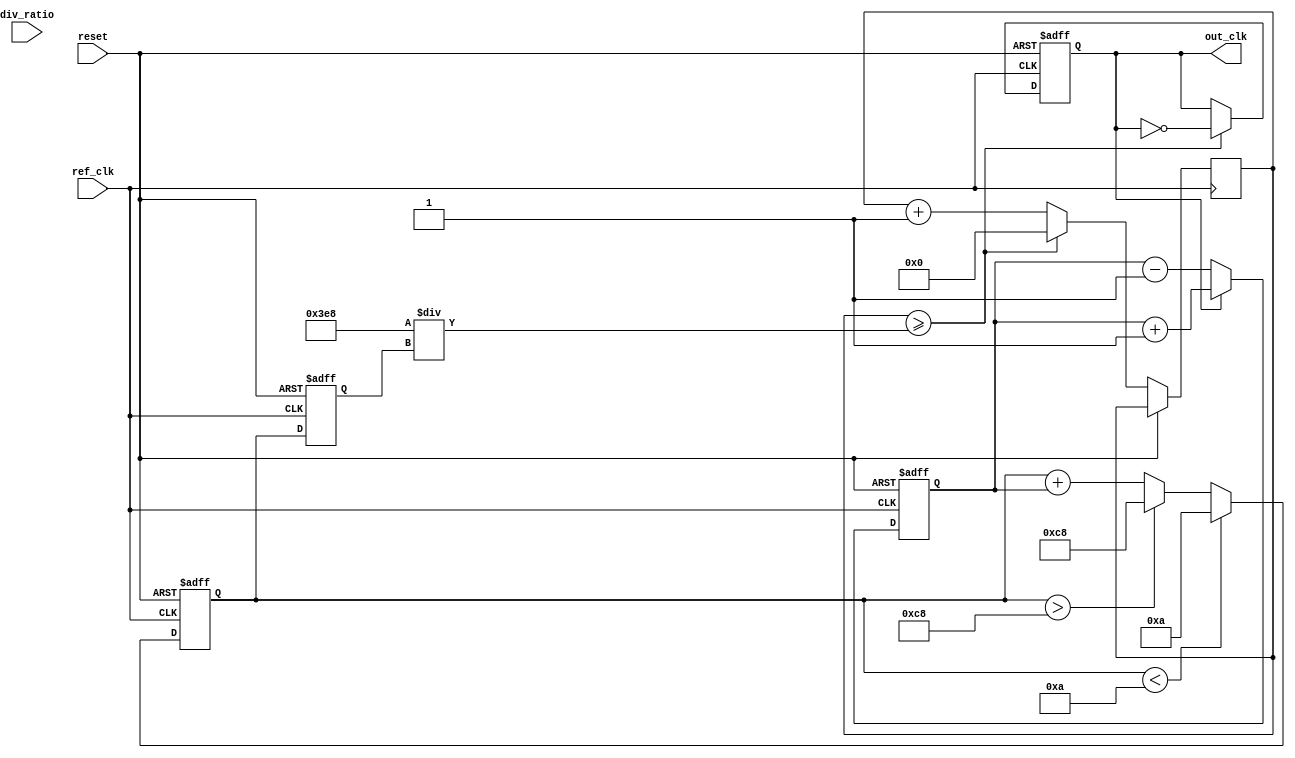
module PLL (
    input wire ref_clk,          // Input reference clock
    input wire reset,            // Asynchronous reset
    input wire [3:0] div_ratio,  // Programmable division ratio
    output reg out_clk           // Output clock
);

// Parameters
parameter VCO_MAX_FREQ = 200;  // Maximum VCO frequency (in MHz)
parameter VCO_MIN_FREQ = 10;    // Minimum VCO frequency (in MHz)
parameter LOCK_TIME = 100;       // Lock time (in ns)

// Internal signals
reg [31:0] phase_error;          // Phase error signal
reg [31:0] control_voltage;       // Control voltage for VCO
reg [31:0] vco_freq;              // Current VCO frequency
reg [31:0] feedback_clk_count;    // Feedback clock counter
reg lock;                         // Lock status

// Phase Detector
always @(posedge ref_clk or posedge reset) begin
    if (reset) begin
        phase_error <= 0;
    end else begin
        // Simple phase detector logic (leading/lagging detection)
        if (out_clk) begin
            phase_error <= phase_error + 1; // Adjust phase error
        end else begin
            phase_error <= phase_error - 1;
        end
    end
end

// Loop Filter (Simple integrator for control voltage)
always @(posedge ref_clk or posedge reset) begin
    if (reset) begin
        control_voltage <= 0;
    end else begin
        control_voltage <= control_voltage + phase_error; // Integrate phase error
        // Clamp control voltage to VCO frequency range
        if (control_voltage > VCO_MAX_FREQ) control_voltage <= VCO_MAX_FREQ;
        if (control_voltage < VCO_MIN_FREQ) control_voltage <= VCO_MIN_FREQ;
    end
end

// Voltage-Controlled Oscillator (VCO)
always @(posedge ref_clk or posedge reset) begin
    if (reset) begin
        vco_freq <= VCO_MIN_FREQ; // Start at minimum frequency
        out_clk <= 0;
    end else begin
        // Adjust VCO frequency based on control voltage
        vco_freq <= control_voltage;
        // Generate output clock based on VCO frequency
        if (feedback_clk_count >= (1000 / vco_freq)) begin // Adjust based on frequency
            out_clk <= ~out_clk; // Toggle output clock
            feedback_clk_count <= 0;
        end else begin
            feedback_clk_count <= feedback_clk_count + 1;
        end
    end
end

// Divider (Feedback clock divider)
reg [3:0] clk_div_counter;
always @(posedge out_clk or posedge reset) begin
    if (reset) begin
        clk_div_counter <= 0;
    end else begin
        if (clk_div_counter >= (div_ratio - 1)) begin
            clk_div_counter <= 0;
        end else begin
            clk_div_counter <= clk_div_counter + 1;
        end
    end
end

// Lock detection (simple lock detection logic)
always @(posedge ref_clk or posedge reset) begin
    if (reset) begin
        lock <= 0;
    end else begin
        if (phase_error == 0) begin
            lock <= 1; // Locked if phase error is zero
        end else begin
            lock <= 0;
        end
    end
end

endmodule